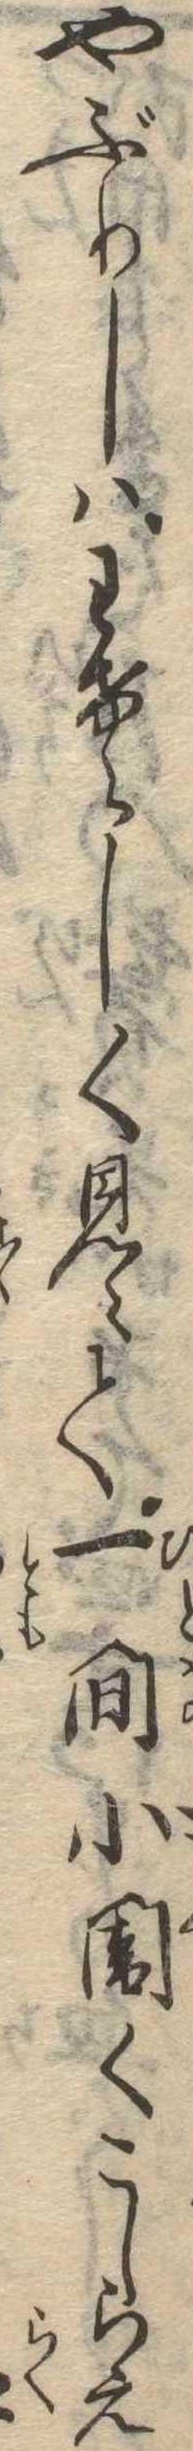
やぶりしはわけらしく見えて一間小闇くこしらえ